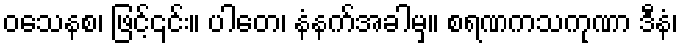
ဝသေနစ၊ ဖြင့်၎င်း။ ပါတေ၊ နံနက်အခါမှ။ စရဏကသကုဏာ ဒီနံ၊